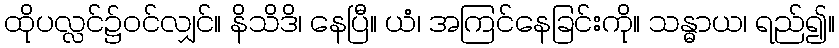
ထိုပလ္လင်၌ဝင်လျှင်။ နိသိဒိ၊ နေပြီ။ ယံ၊ အကြင်နေခြင်းကို။ သန္ဓာယ၊ ရည်၍။